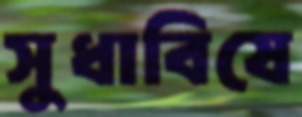
সুধাবিষে